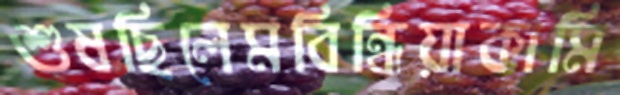
শুষছিলেমবিন্ধিয়াকামি